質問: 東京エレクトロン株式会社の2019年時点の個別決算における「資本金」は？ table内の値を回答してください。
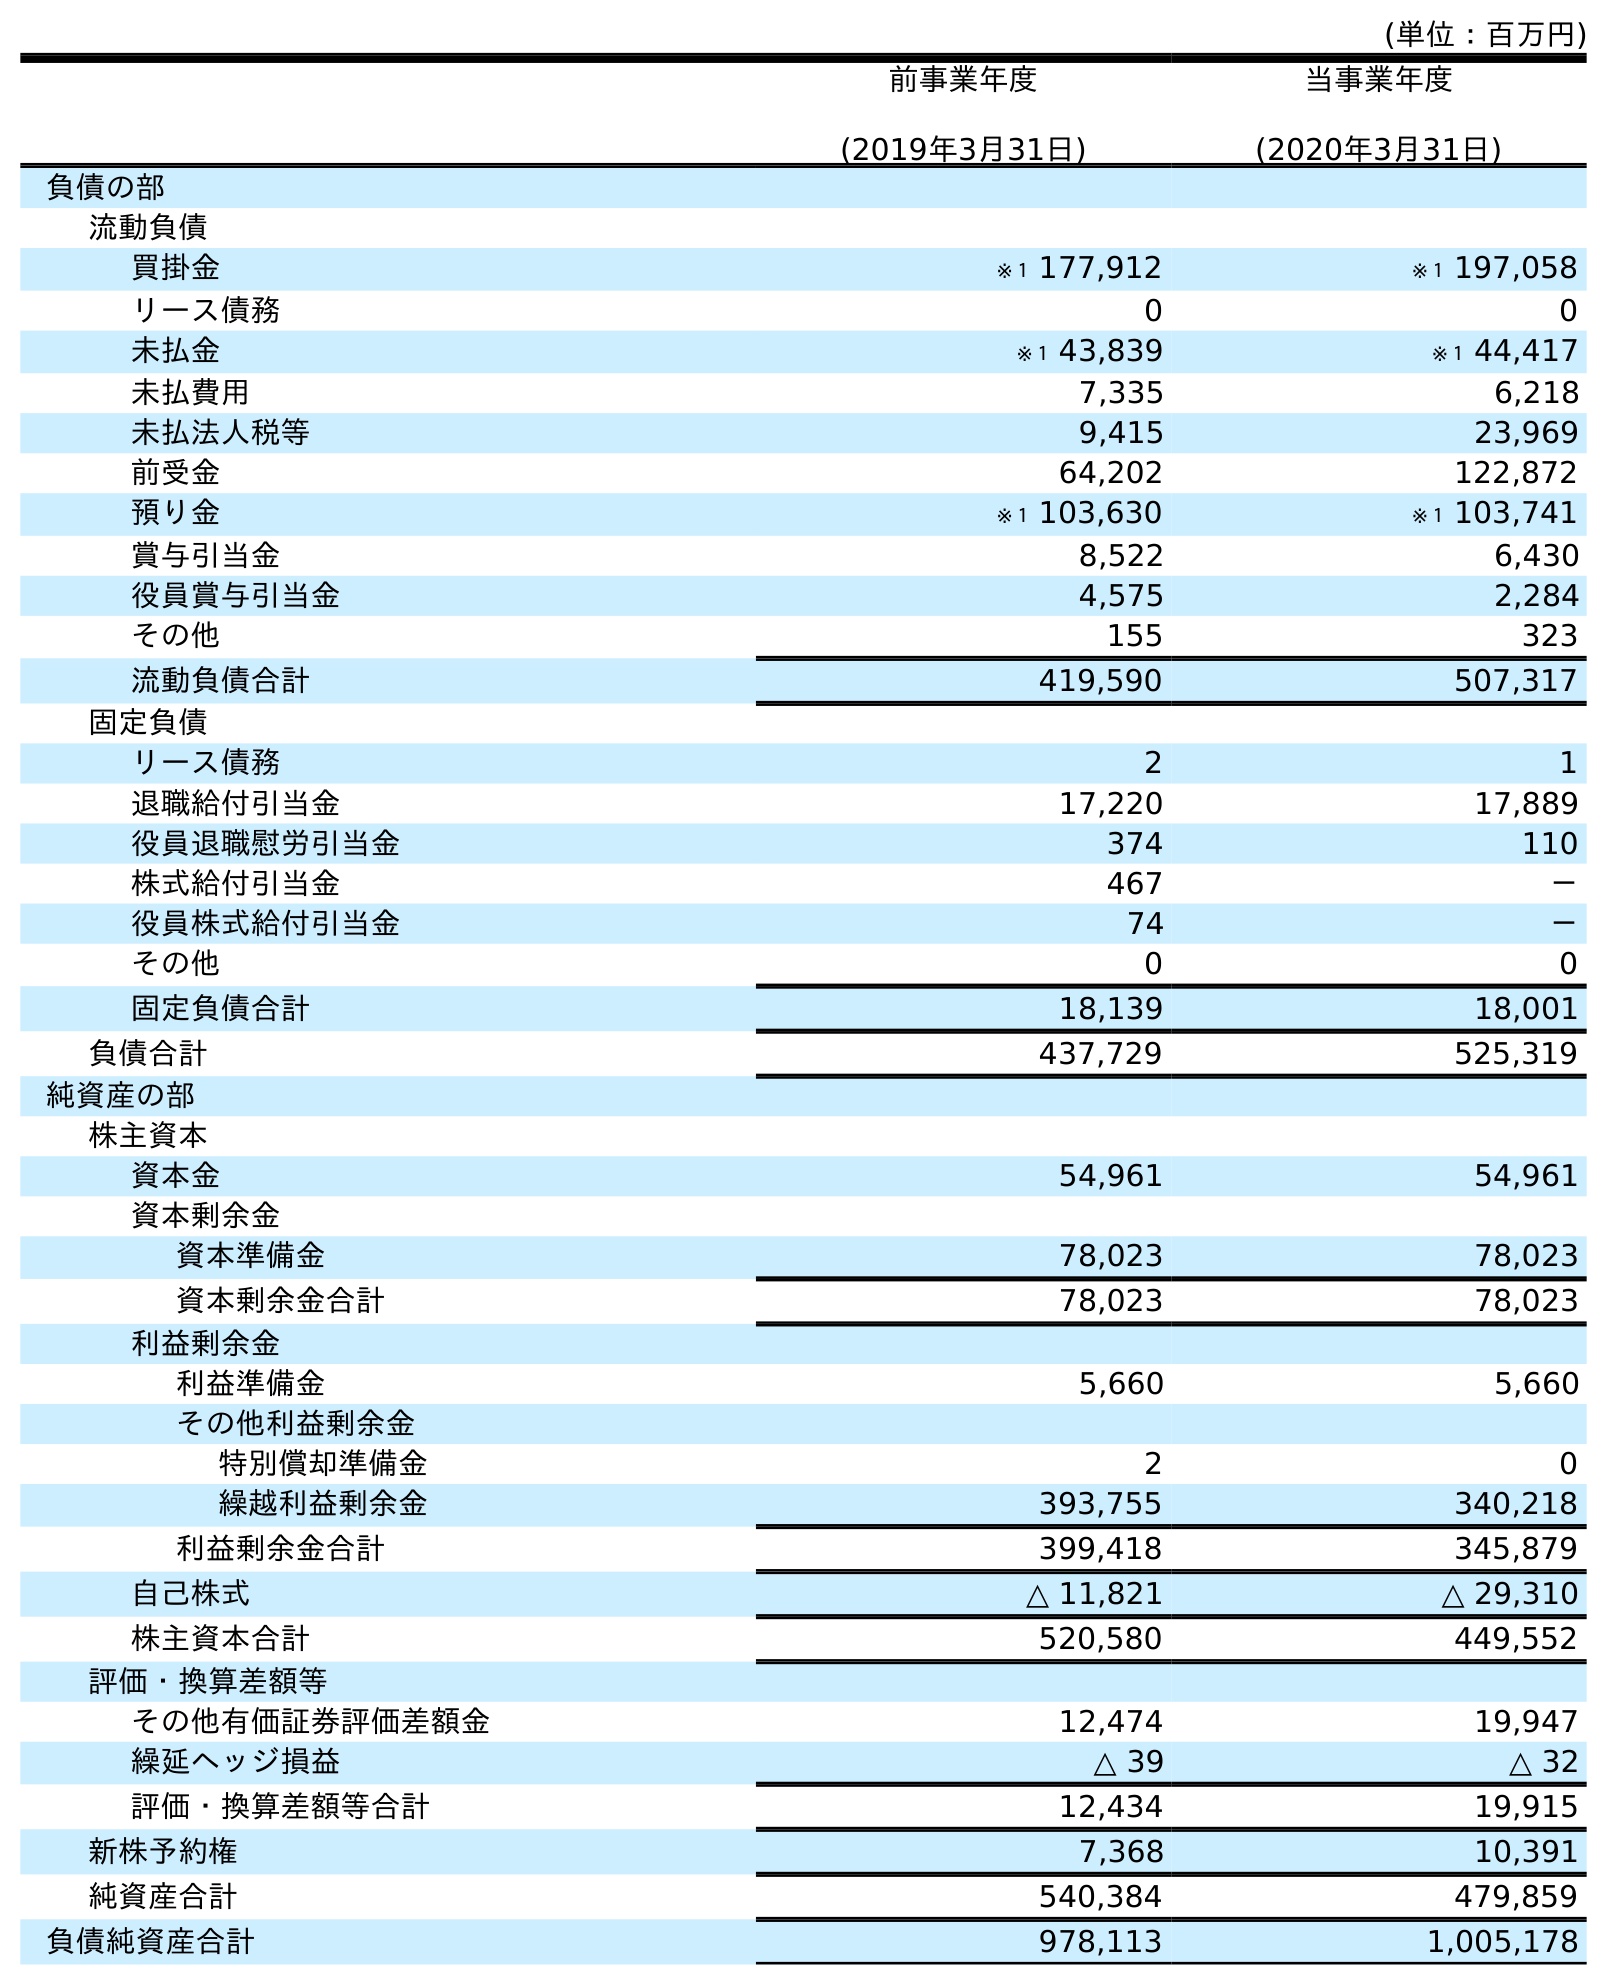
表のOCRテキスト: (単位：百万円) 前事業年度 (2019年3月31日) 当事業年度 (2020年3月31日) 負債の部 流動負債 買掛金 ※１ 177,912 ※１ 197,058 リース債務 0 0 未払金 ※１ 43,839 ※１ 44,417 未払費用 7,335 6,218 未払法人税等 9,415 23,969 前受金 64,202 122,872 預り金 ※１ 103,630 ※１ 103,741 賞与引当金 8,522 6,430 役員賞与引当金 4,575 2,284 その他 155 323 流動負債合計 419,590 507,317 固定負債 リース債務 2 1 退職給付引当金 17,220 17,889 役員退職慰労引当金 374 110 株式給付引当金 467 － 役員株式給付引当金 74 － その他 0 0 固定負債合計 18,139 18,001 負債合計 437,729 525,319 純資産の部 株主資本 資本金 54,961 54,961 資本剰余金 資本準備金 78,023 78,023 資本剰余金合計 78,023 78,023 利益剰余金 利益準備金 5,660 5,660 その他利益剰余金 特別償却準備金 2 0 繰越利益剰余金 393,755 340,218 利益剰余金合計 399,418 345,879 自己株式 △ 11,821 △ 29,310 株主資本合計 520,580 449,552 評価・換算差額等 その他有価証券評価差額金 12,474 19,947 繰延ヘッジ損益 △ 39 △ 32 評価・換算差額等合計 12,434 19,915 新株予約権 7,368 10,391 純資産合計 540,384 479,859 負債純資産合計 978,113 1,005,178
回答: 54,961